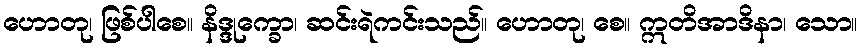
ဟောတု၊ ဖြစ်ပါစေ။ နိဒ္ဒုက္ခော၊ ဆင်းရဲကင်းသည်။ ဟောတု၊ စေ။ ဣတိအာဒိနာ၊ သော။